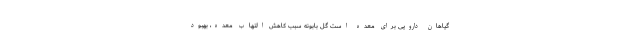
گیاهان دارویی برای معده است گل بابونه سبب کاهش التهاب معده، بهبود